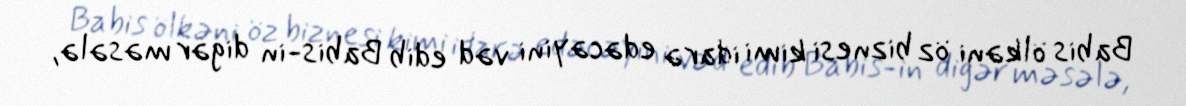
Babis ölkəni öz biznesi kimi idarə edəcəyini vəd edib Babis-in digər məsələ,